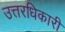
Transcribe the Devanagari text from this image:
उत्तरधिकारी